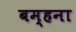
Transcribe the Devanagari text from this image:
बम्‍हना